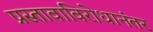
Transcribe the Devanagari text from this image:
प्रस्तावाविरोधानंतर